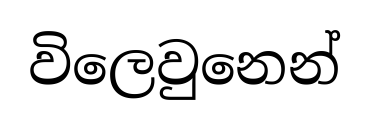
විලෙවුනෙන්